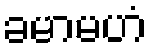
ခမာမဟံ